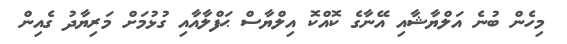
މިހެން ބުނެ އަލްޔާޝާއި އޭނާގެ ކޮއްކޮ އިލްޔާސް ޙަފްލާއާއި ގުޅުމަށް މަރިޔާދު ގެއިން